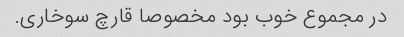
در مجموع خوب بود مخصوصا قارچ سوخاری.